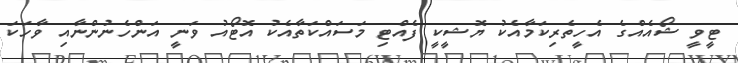
ޓީވީ ޝޯއެއްގެ އެހީތެރިކަމާއެކު ޔޮޝީކީ ފެއްޓި މަސައްކަތާއެކު އޮޓޯއު ވަނީ އަންހެނުންނާއި ވާހަކަ